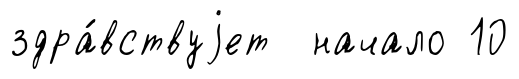
здра́вствуjет начало 10